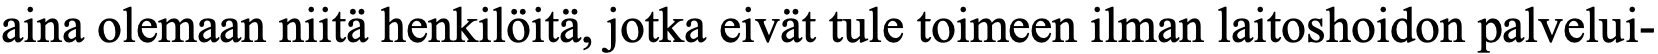
aina olemaan niitä henkilöitä, jotka eivät tule toimeen ilman laitoshoidon palvelui-